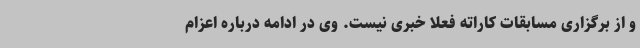
و از برگزاری مسابقات کاراته فعلا خبری نیست. وی در ادامه درباره اعزام